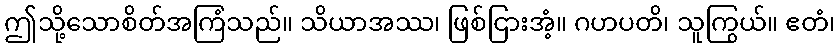
ဤသို့သောစိတ်အကြံသည်။ သိယာအဿ၊ ဖြစ်ငြားအံ့။ ဂဟပတိ၊ သူကြွယ်။ ဧတံ၊